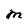
Character: M